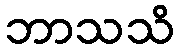
ဘာသသိ